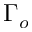
\Gamma _ { o }